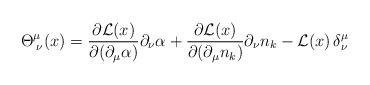
LaTeX: \begin{align*}\Theta^\mu_{\;\nu}(x) = \frac{\partial {\cal L}(x)}{\partial (\partial_\mu \alpha)} \partial_\nu \alpha + \frac{\partial {\cal L}(x)}{\partial (\partial_\mu n_k)} \partial_\nu n_k - {\cal L}(x)\,\delta^\mu_\nu\end{align*}